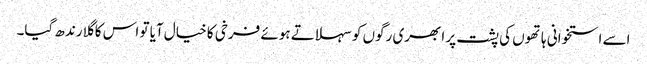
اسے استخوانی ہاتھوں کی پشت پر ابھری رگوں کو سہلاتے ہوئے فرخی کا خیال آیا تو اس کا گلا رندھ گیا۔